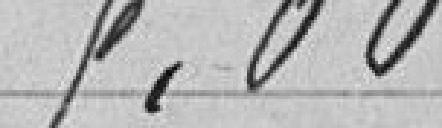
9,00